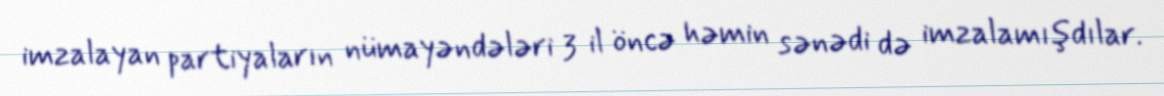
imzalayan partiyaların nümayəndələri 3 il öncə həmin sənədi də imzalamışdılar.